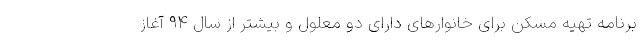
برنامه تهیه مسکن برای خانوارهای دارای دو معلول و بیشتر از سال ۹۴ آغاز